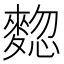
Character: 𪍃